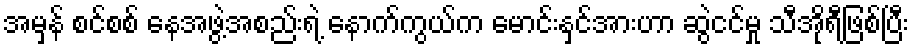
အမှန် စင်စစ် နေအဖွဲ့အစည်းရဲ့ နောက်ကွယ်က မောင်းနှင်အားဟာ ဆွဲငင်မှု သီအိုရီဖြစ်ပြီး